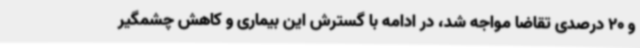
و 20 درصدی تقاضا مواجه شد، در ادامه با گسترش این بیماری و کاهش چشمگیر